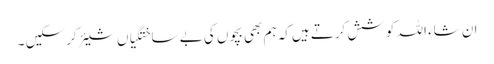
ان شاء اللہ کوشش کرتے ہیں‌کہ ہم بھی بچوں کی بے ساختگیاں شیئر کرسکیں ۔